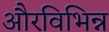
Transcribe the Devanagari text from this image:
औरविभिन्न